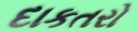
દાકતરો